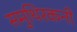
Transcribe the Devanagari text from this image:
समुथिरकनी